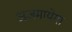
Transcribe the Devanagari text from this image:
अजमायेगा